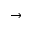
\to